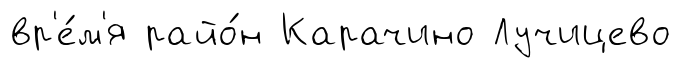
вр'е́м'я райо́н Карачино Лучицево